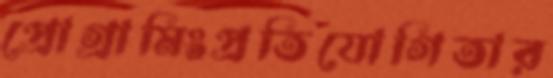
প্রোগ্রামিংপ্রতিযোগিতার